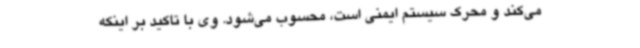
می‌کند و محرک سیستم ایمنی است، محسوب می‌شود. وی با تاکید بر اینکه